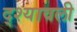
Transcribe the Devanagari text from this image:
द्श्यावली